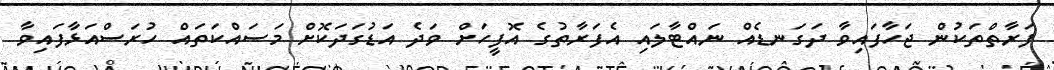
ފަރާތްތަކުން ޖަހާފައިވާ ދަގަނޑެއް ނައްޓާލައި އެފަރާތުގެ އޮފީހަށް ވަދެ އަޑުގަދަކޮށް މަސައްކަތައް ހުރަސްއަޅާފައިވާ